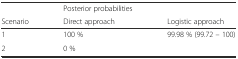
<table><thead><tr><td></td><td><b>Posterior probabilities</b></td><td></td></tr><tr><td><b>Scenario</b></td><td><b>Direct approach</b></td><td><b>Logistic approach</b></td></tr></thead><tbody><tr><td>1</td><td>100 %</td><td>99.98 % (99.72 – 100)</td></tr><tr><td>2</td><td>0 %</td><td></td></tr></tbody></table>